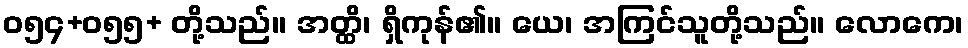
ဝ၅၄+၀၅၅+ တို့သည်။ အတ္ထိ၊ ရှိကုန်၏။ ယေ၊ အကြင်သူတို့သည်။ လောကေ၊